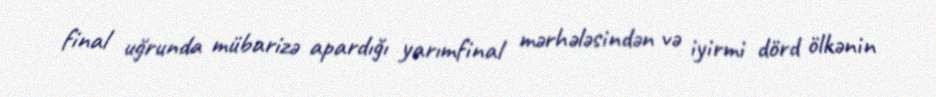
final uğrunda mübarizə apardığı yarımfinal mərhələsindən və iyirmi dörd ölkənin